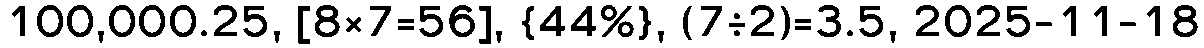
100,000.25, [8×7=56], {44%}, (7÷2)=3.5, 2025-11-18